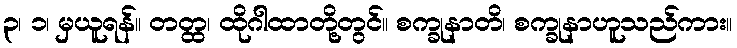
၃၊ ၁၊ မှယူရန်။ တတ္ထ၊ ထိုဂါထာတို့တွင်။ စက္ခုနာတိ၊ စက္ခုနာဟူသည်ကား။